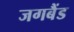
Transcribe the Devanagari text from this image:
जगबैंड